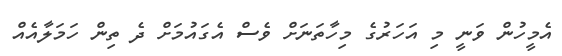
އެމީހުން ވަނީ މި އަހަރުގެ މިހާތަނަށް ވެސް އެގައުމަށް ދެ ތިން ހަމަލާއެއް